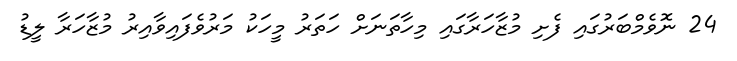
24 ނޮވެމްބަރުގައި ފެށި މުޒާހަރާގައި މިހާތަނަށް ހަތަރު މީހަކު މަރުވެފައިވާއިރު މުޒާހަރާ ލީޑު